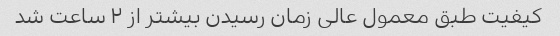
کیفیت طبق معمول عالی زمان رسیدن بیشتر از ۲ ساعت شد